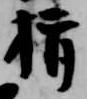
揖